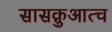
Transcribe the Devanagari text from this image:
सासक़ुआत्च